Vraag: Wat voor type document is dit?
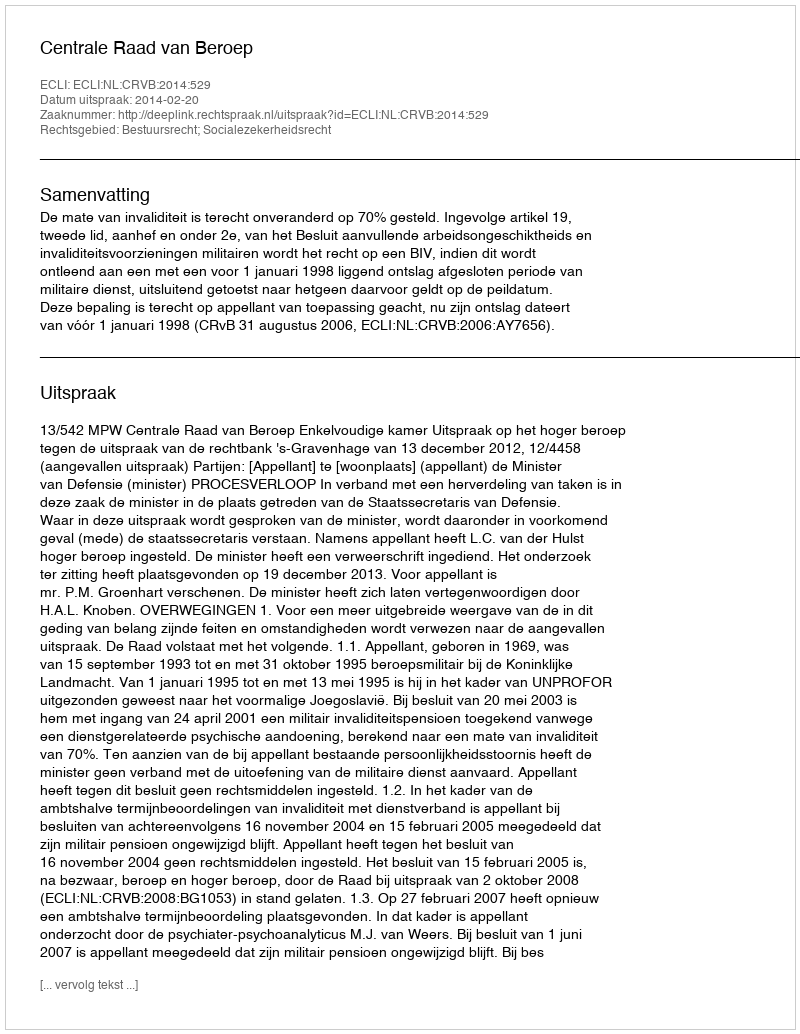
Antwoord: Uitspraak